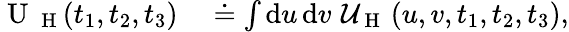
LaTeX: \begin{array}{rl}{\mathrm{~U~}_{\mathrm{~H~}}(t_{1},t_{2},t_{3})}&{{}\doteq\int\mathrm{d}u\, \mathrm{d}v\, \, \mathcal{U}_{\mathrm{~H~}}\left(u,v,t_{1},t_{2},t_{3}\right),}\end{array}